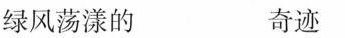
绿风荡漾的 奇迹